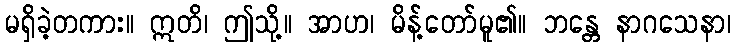
မရှိခဲ့တကား။ ဣတိ၊ ဤသို့။ အာဟ၊ မိန့်တော်မူ၏။ ဘန္တေ နာဂသေနာ၊